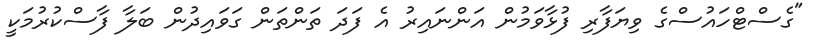
"ގެސްޓްހައުސްގެ ވިޔަފާރި ފުޅާވަމުން އަންނައިރު އެ ފަދަ ތަންތަން ގަވައިދުން ބަލާ ފާސްކުރުމަކީ